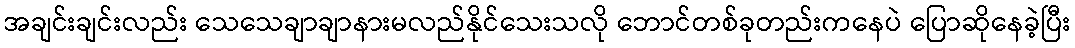
အချင်းချင်းလည်း သေသေချာချာနားမလည်နိုင်သေးသလို ဘောင်တစ်ခုတည်းကနေပဲ ပြောဆိုနေခဲ့ပြီး